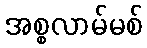
အစ္စလာမ်မစ်